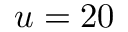
u = 2 0